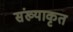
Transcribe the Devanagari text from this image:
संख्याकृत